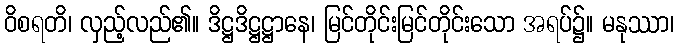
ဝိစရတိ၊ လှည့်လည်၏။ ဒိဋ္ဌဒိဋ္ဌဋ္ဌာနေ၊ မြင်တိုင်းမြင်တိုင်းသော အရပ်၌။ မနုဿာ၊